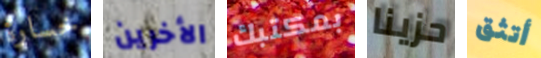
خسارة الأخرين بمكتبك حزينا أتثق